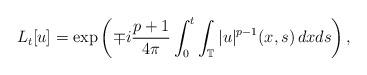
LaTeX: \begin{align*}L_t[u] = \exp\left(\mp i\frac{p+1}{4\pi}\int_0^t\int_\mathbb{T} |u|^{p-1}(x,s)\,dxds\right),\end{align*}